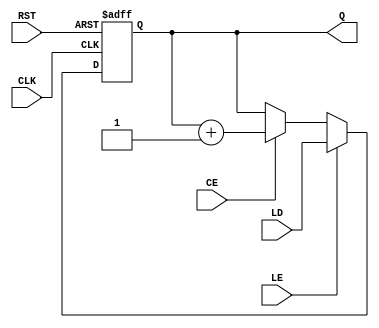
module LoadableCounter #(
    parameter WIDTH = 8 // Define the bit-width of the counter
)(
    input wire CLK,          // Clock input
    input wire RST,          // Reset input
    input wire CE,           // Count Enable input
    input wire LE,           // Load Enable input
    input wire [WIDTH-1:0] LD, // Load Value input
    output reg [WIDTH-1:0] Q  // Current count output
);

// Always block that triggers on the rising edge of the clock
always @(posedge CLK or posedge RST) begin
    if (RST) begin
        // Reset the counter to 0 (or you can modify this to a different preset value if needed)
        Q <= 0;
    end else if (LE) begin
        // Load the specified value into the counter
        Q <= LD;
    end else if (CE) begin
        // Increment the counter by 1
        Q <= Q + 1;
    end
    // If CE and LE are both low, keep Q unchanged
end

endmodule